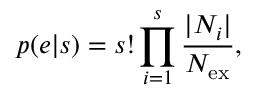
p ( e | s ) = s ! \prod _ { i = 1 } ^ { s } \frac { | N _ { i } | } { N _ { \mathrm { e x } } } ,